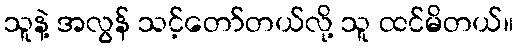
သူနဲ့ အလွန် သင့်တော်တယ်လို့ သူ ထင်မိတယ်။